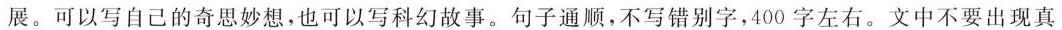
展。可以写自己的奇思妙想，也可以写科幻故事。句子通顺，不写错别字，400字左右。文中不要出现真